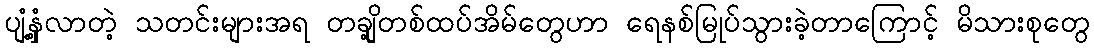
ပျံ့နှံ့လာတဲ့ သတင်းများအရ တချို့တစ်ထပ်အိမ်တွေဟာ ရေနစ်မြုပ်သွားခဲ့တာကြောင့် မိသားစုတွေ